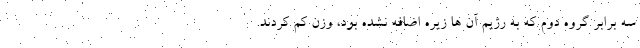
سه برابر گروه دوم که به رژیم آن ها زیره اضافه نشده بود، وزن کم کردند.